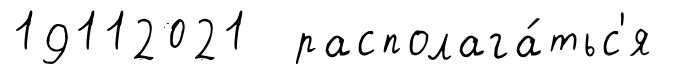
19112021 располага́тьс'я